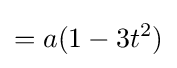
=a(1-3t^{2})